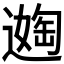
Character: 𬩈